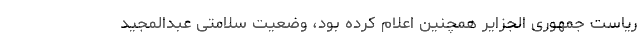
ریاست جمهوری الجزایر همچنین اعلام کرده بود، وضعیت سلامتی عبدالمجید